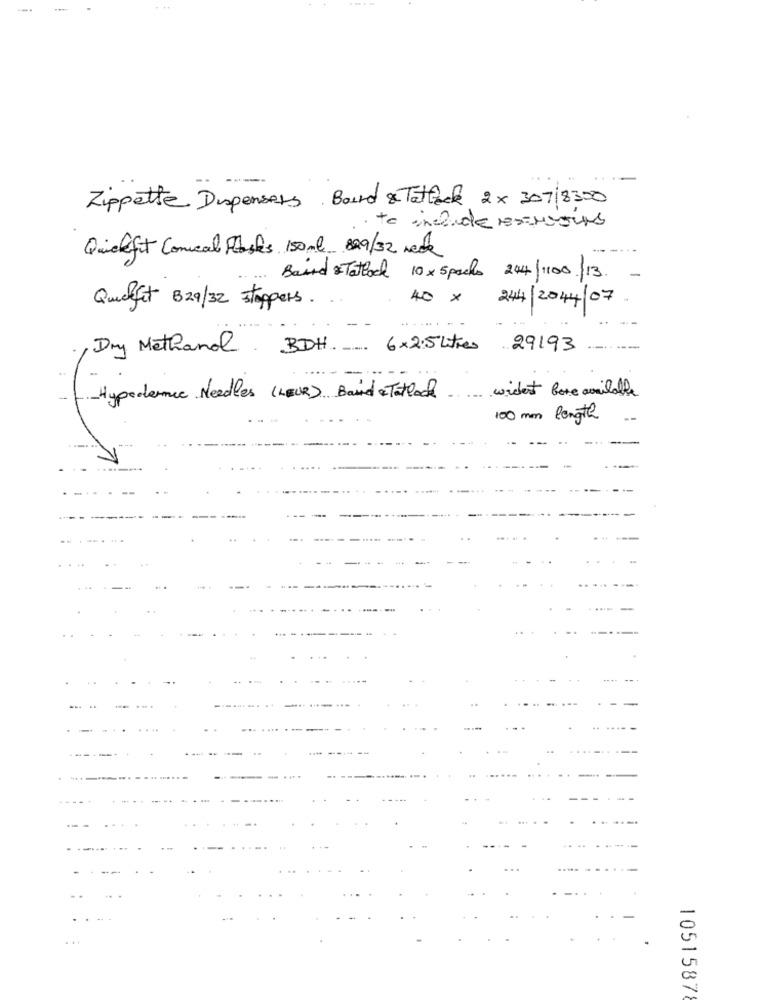
-.
Zippette Dispensers Bord & Tattack 2× 307/8300
to include eservous
Quickfit Conical Postes 150ml 829/32 Neck
Baird & Tattock 10×5packs 244/1100 13.
. 40 x
244/2044 /07
Quelfat 329/32 stappers .
Dry Methanol BDH. 6x2.5 litres
29193
widest boxe available
-
-Hypodermic Needles (LEUR) Band &Tatlock
100 mm length
....
...
1051587